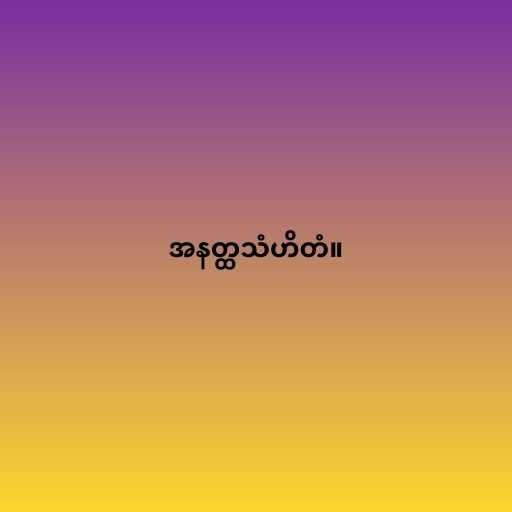
အနတ္ထသံဟိတံ။